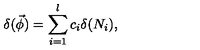
\delta ( \vec { \phi } ) = \sum _ { i = 1 } ^ { l } c _ { i } \delta ( N _ { i } ) ,